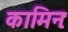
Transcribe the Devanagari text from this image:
कामिनः